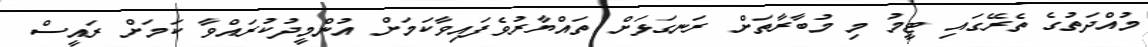
މުއްދަތުގެ ތެރޭގައި ޓީމު މި މުބާރާތަށް ރަނގަޅަށް ތައްޔާރުވެފައިވާކަމަށް އުންމީދުކުރައްވާ ކަމަށް ރައީސް